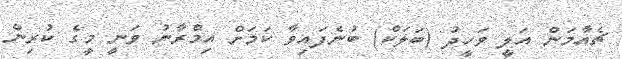
ޗެއާމަން އަލީ ވަހީދު (ބަލަކް) ބުނެފައިވާ ކަމަށް އިމްރާނު ވަނީ މީގެ ކުރިން